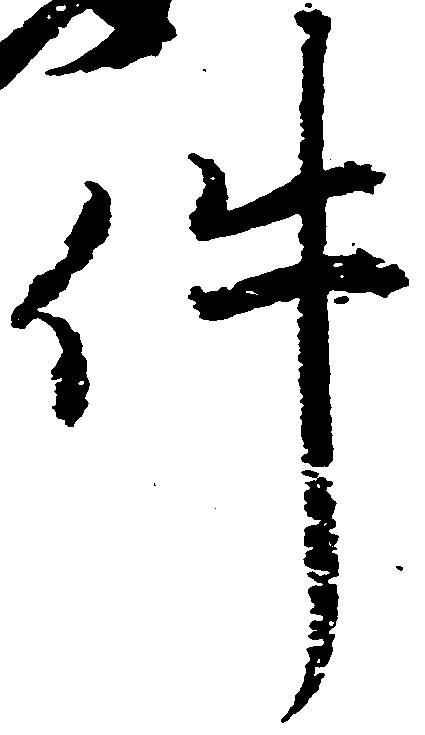
件